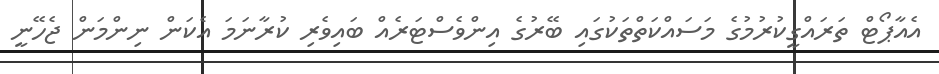
އެއާޕޯޓް ތަރައްގީކުރުމުގެ މަސައްކަތްތަކުގައި ބޭރުގެ އިންވެސްޓަރެއް ބައިވެރި ކުރާނަމަ އެކަން ނިންމަން ޖެހޭނީ